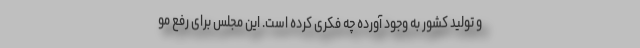
و تولید کشور به وجود آورده چه فکری کرده است. این مجلس برای رفع مو